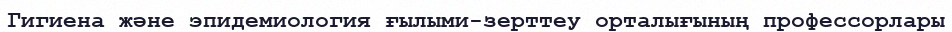
Гигиена және эпидемиология ғылыми-зерттеу орталығының профессорлары